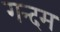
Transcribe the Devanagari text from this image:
गन्दम